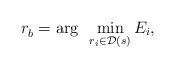
LaTeX: \begin{align*}r_b^{} = \arg~\min_{ r_i \in \mathcal{D}(s) } E_i,\end{align*}